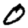
Digit: 0